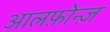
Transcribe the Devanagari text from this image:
आलफ़ोन्ज़